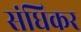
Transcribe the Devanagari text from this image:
संधिकर